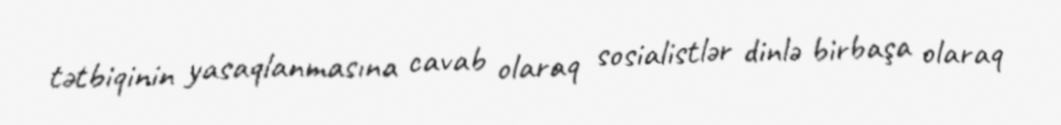
tətbiqinin yasaqlanmasına cavab olaraq sosialistlər dinlə birbaşa olaraq